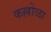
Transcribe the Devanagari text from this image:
कल्लोळा